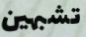
تشبهين